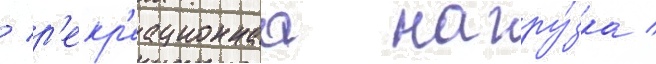
/ р'екр'еационнаа нагру́зка /